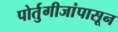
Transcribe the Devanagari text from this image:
पोर्तुगीजांपासून